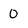
Character: 0